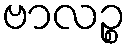
ဗာလဉ္စ